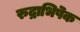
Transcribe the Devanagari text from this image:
रुद्राभिषॆक